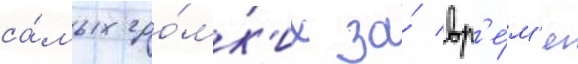
са́мых гро́мк'их за́ вр'е́м'я